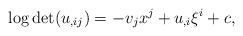
LaTeX: \begin{align*}\log\det (u_{,ij})=-v_jx^j+u_{,i}\xi^i+c,\end{align*}